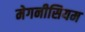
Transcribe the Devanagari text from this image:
मेगनीसियम